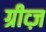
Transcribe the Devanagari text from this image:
ग्रीव्ज़